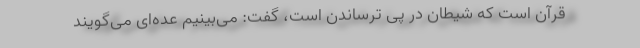
قرآن است که شیطان در پی ترساندن است، گفت: می‌بینیم عده‌ای می‌گویند